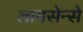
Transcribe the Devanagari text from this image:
लायसेन्से